Annual report on the Civil Veterinary Department, Burma (including the Insein Veterinary School) - 1910-1922
Year: 1910
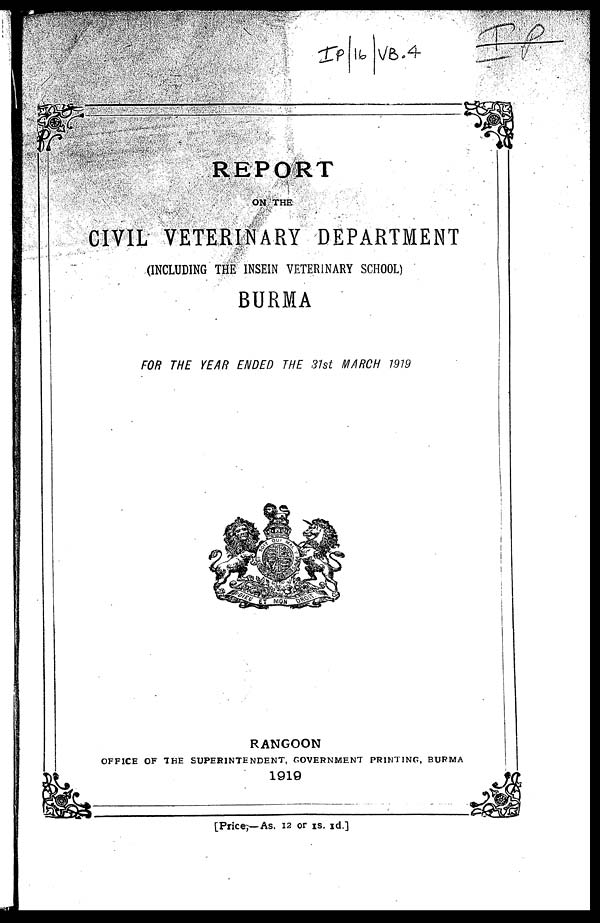
REPORT
ON THE
CIVIL VETERINARY DEPARTMENT
(INCLUDING THE INSE1N VETERINARY SCHOOL)
BURMA
FOR THE YEAR ENDED THE 31st MARCH 1919
RANGOON
OFFICE OF THE SUPERINTENDENT, GOVERNMENT PRINTING, BURMA
1919
[Price,—As. 12 or 1s. 1d.]